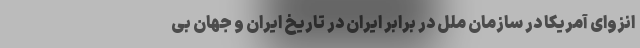
انزوای آمریکا در سازمان ملل در برابر ایران در تاریخ ایران و جهان بی